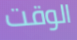
الوقت